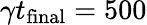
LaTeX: \gamma t_{\mathrm{final}}=500